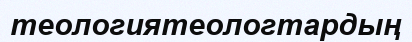
теологиятеологтардың